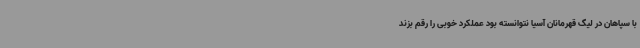
با سپاهان در لیگ قهرمانان آسیا نتوانسته بود عملکرد خوبی را رقم بزند